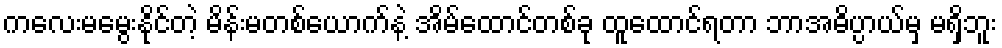
ကလေးမမွေးနိုင်တဲ့ မိန်းမတစ်ယောက်နဲ့ အိမ်ထောင်တစ်ခု ထူထောင်ရတာ ဘာအဓိပ္ပာယ်မှ မရှိဘူး